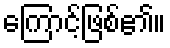
ကြောင့်ဖြစ်၏။